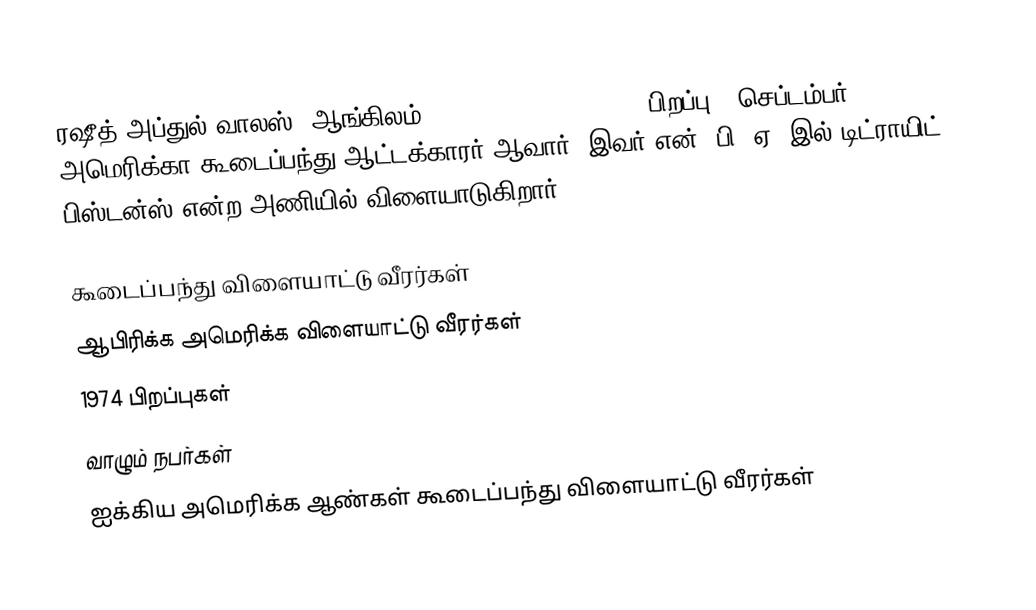
ரஷீத் அப்துல் வாலஸ் (ஆங்கிலம்:Rasheed Abdul Wallace, பிறப்பு - செப்டம்பர் 17, 1974) அமெரிக்கா கூடைப்பந்து ஆட்டக்காரர் ஆவார். இவர் என். பி. ஏ.-இல் டிட்ராயிட் பிஸ்டன்ஸ் என்ற அணியில் விளையாடுகிறார்.

கூடைப்பந்து விளையாட்டு வீரர்கள்
ஆபிரிக்க அமெரிக்க விளையாட்டு வீரர்கள்
1974 பிறப்புகள்
வாழும் நபர்கள்
ஐக்கிய அமெரிக்க ஆண்கள் கூடைப்பந்து விளையாட்டு வீரர்கள்